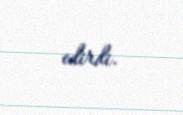
edirdi.